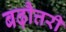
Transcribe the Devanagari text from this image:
बढ़ौत्तरी